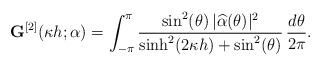
LaTeX: \begin{align*}\mathbf G^{[2]}(\kappa h;\alpha) = \int_{-\pi}^{\pi} \frac{\sin^2(\theta)\, |\widehat{\alpha}(\theta)|^2}{\sinh^2(2\kappa h) + \sin^2(\theta)}\,\frac{d\theta}{2\pi}.\end{align*}